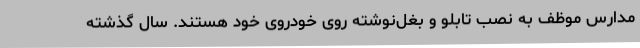
مدارس موظف به نصب تابلو و بغل‌نوشته روی خودروی خود هستند. سال گذشته